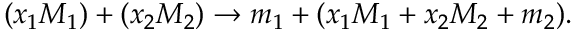
( x _ { 1 } M _ { 1 } ) + ( x _ { 2 } M _ { 2 } ) \rightarrow m _ { 1 } + ( x _ { 1 } M _ { 1 } + x _ { 2 } M _ { 2 } + m _ { 2 } ) .